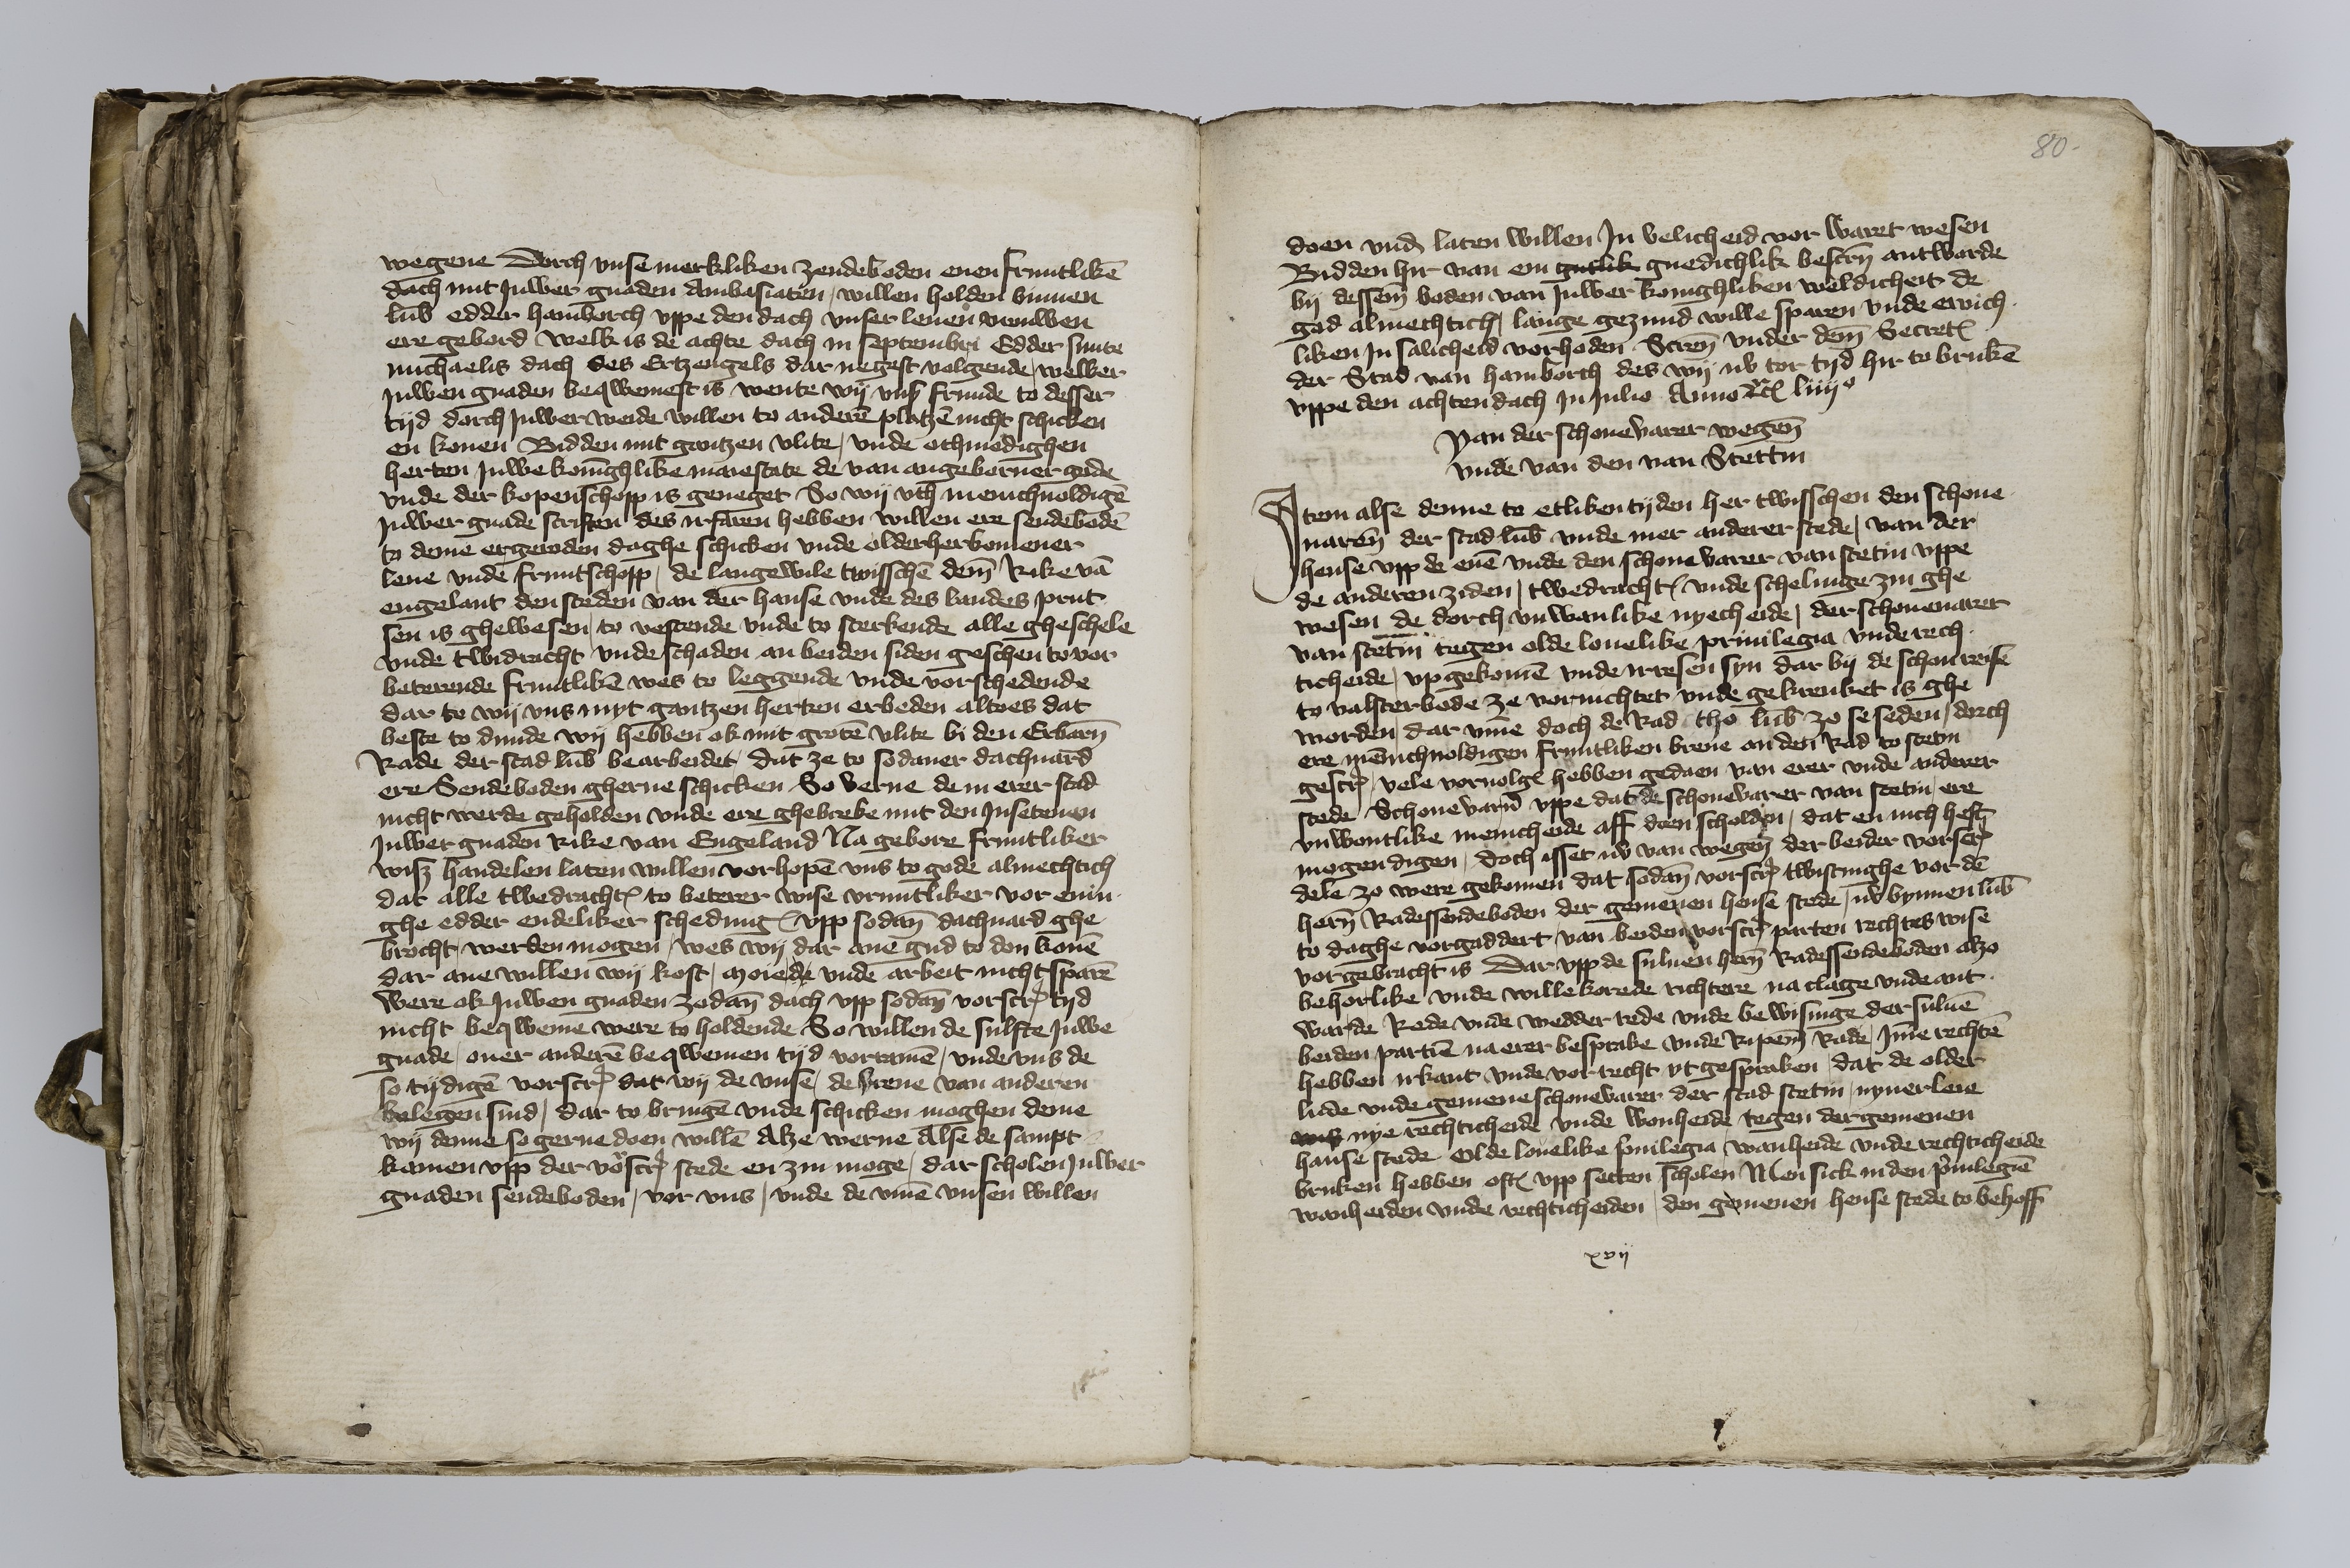
wegene dorch vnse merkliken zendeboden enen fruntliken
dach mit Juwer gnaden Ambasiaten, willen holden binnen
Lubeke edder Hamborch vppe den dach vnser leuen vrouwen
ere gebord welk is de achte dach in septembri Edder sunte
michaelis dach des Ertzengels dar negest volgende, welker
Juwen gnaden beqwemest is wente wy vns frunde to desser
tyd dorch Juwer weide willen to anderen platzen nicht schicken
en konen Bidden mit gantzen vlite, vnde othmedighen
herten Juwe koninghlike maiestate de van angeborner gode
vnde der kopenschopp is geneget So wy vth menichuoldigen
Juwer gnade scriften des irfaren hebben willen ere sendeboden
to deme ergeroden daghe schicken vnde olderherkomener
leue vnde fruntschopp, de langewile twisschen deme Rike van
Engelant den steden van der hanse vnde des landes Prut¬
sen is ghewesen, to vestende vnde to sterkende alle gheschele
vnde twidracht vnde schaden an beiden siden geschen to vor¬
beterende fruntliken wes to leggende vnde vorschedende
dar te wy vns myt gantzen hertzen erbeden altoes dat
beste to dunde wy hebben ok mit groten vlite bi den Erbaren
Rade der stad Lubeke bearbeidet, dat ze to sodaner dachuard
ere Sendebaden gherne schicken So verne de in erer stad
nicht werde geholden vnde ere ghebreke mit den Jnsetenen
Juwer gnaden Rike van Engeland Na gebore fruntliker
wiß handelen laten willen vorhopen vns to gode almechtich
dat alle twedrachtes to beterer wise vruntliker vorenin¬
ghe edder endeliker schedinges vpp sodanen dachuard ghe¬
brocht, werden mogen, wes wy dar ane gud to don konen
dar ane willen wy kost, moiede vnde arbeit nicht sparen
were ok Juwen gnaden zodanen dach vpp sodane vorscreuene tyd
nicht beqweme were to holdende So willen de sulfte Juwe
gnade, ouer anderen beqwemen tyd vorramen, vnde vns de
so tydigen vorscreuen dat wy de vnse, de breue van anderen
belegen sind, dar to bringen vnde schicken moghen deme
wy denne so gerne doen willen Alze werne Alse de sampt
kamen vpp der voescreuen stede en zin moge, dar scholen, Juwer
gnaden sendeboden, vor vns, vnde de vmme vnsen willen

80

doen vnd laten willen Jn velicheid vor waret wesen
Bidden hir van em gutlik gnedichlik bescreuen antworde
by desseme boden van Juwer konighliken weldicheit de
god almechtich, lange gezund wille sparen vnde ewich¬
liken Jn salicheid vorhoden Screuen vnder deme Secretum
der Stad van Hamborch des wy nv tor tyd hir to bruken
vppe den achten dach Jn Julio Anno etctera liiijo

Van der schonevarer wegene
vnde van den van Stettin

Jtem alse denne to etliken tyden her twisschen den schone¬
uarene der stad Lubeke vnde mer anderer stede, van der
hense vpp de enen vnde den schonevarer van Stetin vppe
de anderen ziden, twedrachtes vnde schelinge zin ghe¬
wesen de dorch vnwanlike nyecheide, der schoneuarer
van Stetin tegen olde louelike priuilegia vnde rech¬
ticheide, vp gekomen vnde irresen syn dar by de schonreise
to Valsterbode ze vornichtet vnde gekrenket is ghe¬
worden, dar vmme doch de Rad tho Lubeke zo se seden, dorch
ere mennichuoldigen fruntliken breue an der Rad to Stetin
gescreuen vele voruolges hebben gedaen van erer vnde anderer
stede Schonevaren vppe dat de schonevarer van Stetin ere
vnwontlike menicheide aff doen scholden, dat en nich heft
mogendigen, doch isset nv van wegene der beider vorscreuen
dele zo were gekomen dat sodanen vorscreuen twistinghe vor den
heren Radessendeboden der gemenen hense stede, nv bynnen Lubeke
to daghe vorgaddert, van beiden vorscreuen parten rechtes wise
vorgebracht is dar vpp de suluen heren Radessendeboden alzo
behorlike vnde willekorede richtere na clage vnde ant¬
warde Rede vnde wedderrede vnde bewisinge der suluen
beiden partien na erer besprake vnde Ripeme Rade, Jmme rechten
hebben irkant vnde vortecht vtgespraken, dat de older¬
lude vnde gemene schonevarer der stad Stetin, nynerleie
vnß nye rechticheide vnde wonheide tegen der gemenen
hanse stede Olde louelike priuilegia wanheide vnde rechticheide
bruken hebben oftes vpp setten scholen Men sick in den priuilegien
wanheiden vnde rechticheiden, den gemenen hense stede to behoff